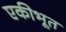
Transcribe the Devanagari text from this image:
एकीभूत